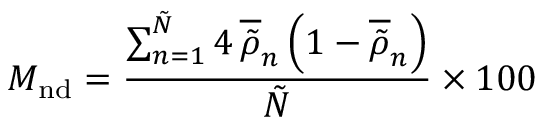
M _ { \mathrm { n d } } = \frac { \sum _ { n = 1 } ^ { \tilde { N } } 4 \, \overline { { \tilde { \rho } } } _ { n } \left( 1 - \overline { { \tilde { \rho } } } _ { n } \right) } { \tilde { N } } \times 1 0 0 \